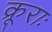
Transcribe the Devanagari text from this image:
क्रूराः